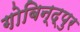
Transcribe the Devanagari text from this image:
गोबिन्द्पुर